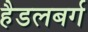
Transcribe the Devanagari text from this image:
हैडलबर्ग